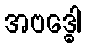
အဗဒ္ဓေါ